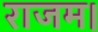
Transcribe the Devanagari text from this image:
राजम।